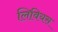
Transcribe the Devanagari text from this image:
लिवियस